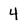
Character: 4